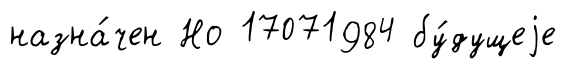
назна́чен Но 17071984 бу́дущеjе